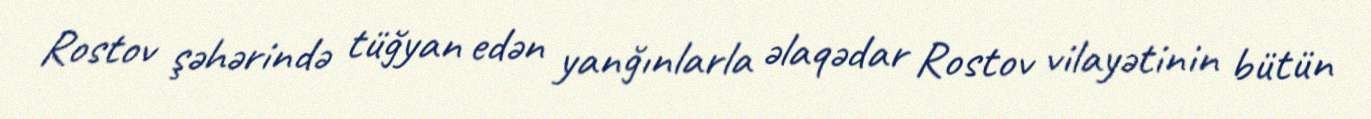
Rostov şəhərində tüğyan edən yanğınlarla əlaqədar Rostov vilayətinin bütün